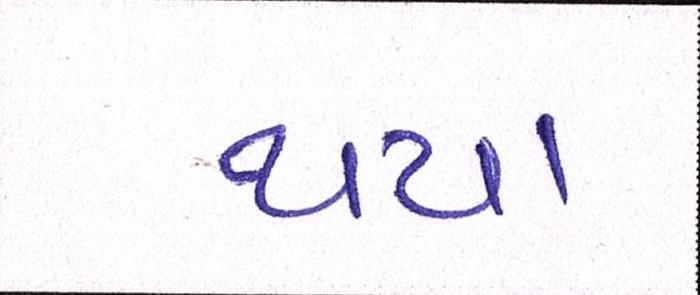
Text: થયા